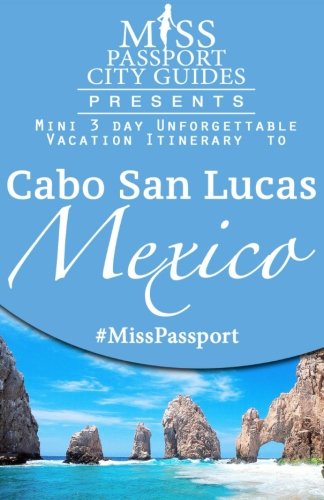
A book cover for Miss Passport City Guides Presents:  Mini 3 day Unforgettable Vacation  Itinerary to Cabo San Lucas Mexica (Miss Passport Travel Guides); Sharon Bell; Travel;